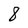
Character: 8